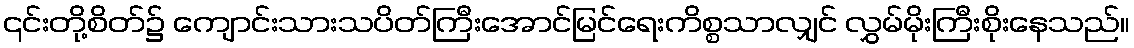
၎င်းတို့စိတ်၌ ကျောင်းသားသပိတ်ကြီးအောင်မြင်ရေးကိစ္စသာလျှင် လွှမ်မိုးကြီးစိုးနေသည်။